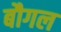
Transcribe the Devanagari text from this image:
बौगल